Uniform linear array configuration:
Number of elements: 12
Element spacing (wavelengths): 0.75
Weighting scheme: kaiser
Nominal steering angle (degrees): -60
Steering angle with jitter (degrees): -58.122
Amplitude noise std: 0.05
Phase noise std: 0.05

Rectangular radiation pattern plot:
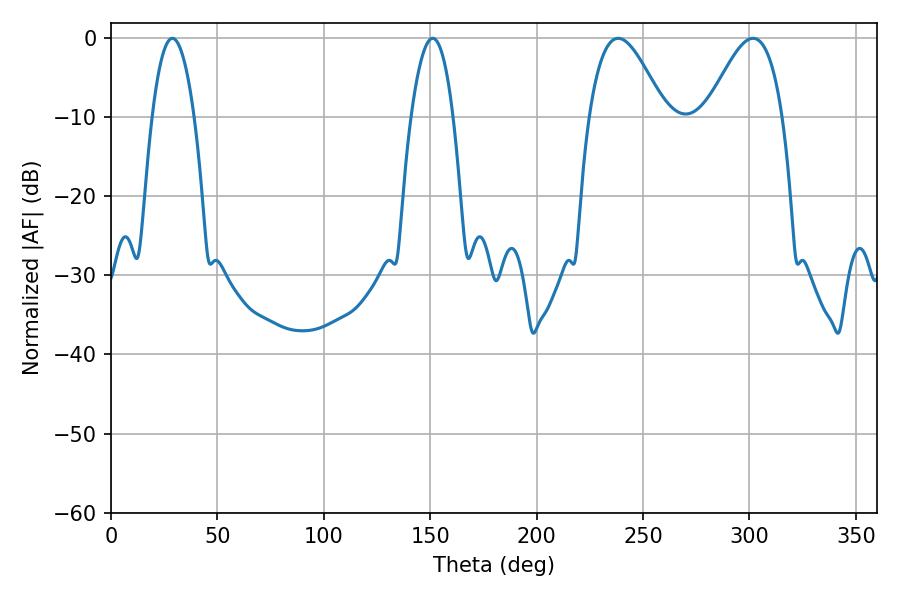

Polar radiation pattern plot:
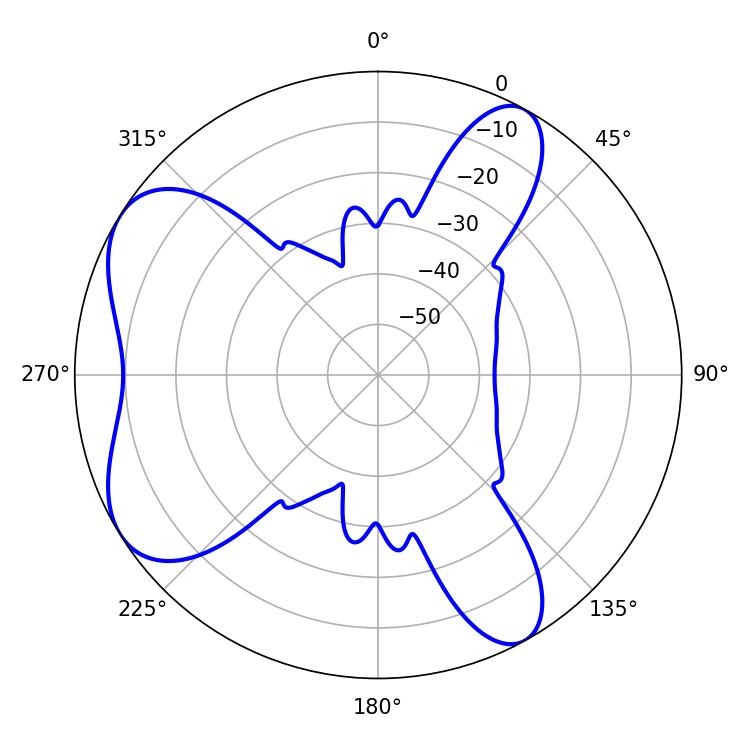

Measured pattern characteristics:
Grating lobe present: TRUE
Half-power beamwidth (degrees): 19.08
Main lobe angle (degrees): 238.32